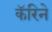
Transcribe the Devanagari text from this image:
कॅरिने